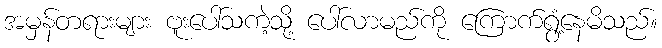
အမှန်တရားများ ဗူးပေါ်သကဲ့သို့ ပေါ်လာမည်ကို ကြောက်ရွံ့နေမိသည်။